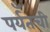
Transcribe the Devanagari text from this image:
पर्यँतची